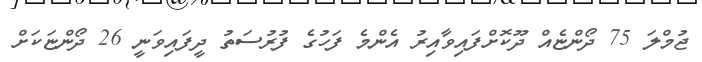
ޖުމްލަ 75 ދޯންޏެއް ދޫކޮށްފައިވާއިރު އެންމެ ފަހުގެ ފުރުސަތު ދީފައިވަނީ 26 ދޯންޏަކަށް